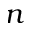
n